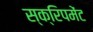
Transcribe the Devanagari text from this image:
स्क्रिपमेंट